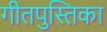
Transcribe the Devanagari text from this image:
गीतपुस्तिका